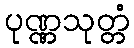
ပုဏ္ဏသုတ္တံ